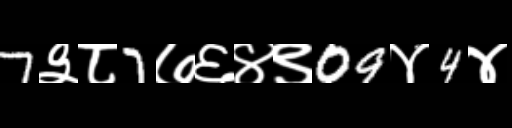
Text: 7३८7७६४९09४4४